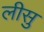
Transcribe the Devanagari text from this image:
लीसु